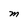
Character: M